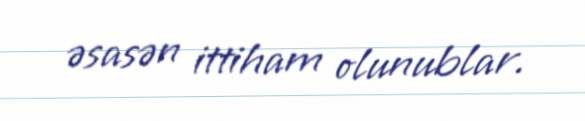
əsasən ittiham olunublar.